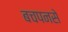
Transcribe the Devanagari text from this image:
बचपनसे